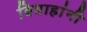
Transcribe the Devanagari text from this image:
विवाहांनी